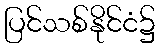
ပြင်သစ်နိုင်ငံ၌